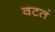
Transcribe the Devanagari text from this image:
वटतं